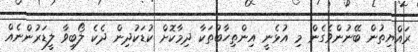
ރައްޔިތުން ބޭނުންވެގެން މި އުޅެނީ އިންތިހާބުތަކާ ދިމާކޮށް ކުޑަކުދިން ދެކެ ލޯބިވާ ލީޑަރުންނެއް